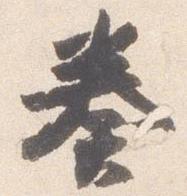
奏